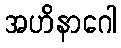
အဟိနာဂေါ